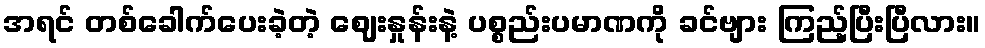
အရင် တစ်ခေါက်ပေးခဲ့တဲ့ ဈေးနှုန်းနဲ့ ပစ္စည်းပမာဏကို ခင်ဗျား ကြည့်ပြီးပြီလား။